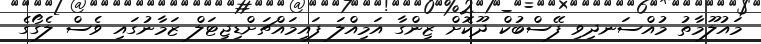
މައުލޫމާތު މުއްސަނދިވި ފޭސްބުކް ދޫކޮށް ޒިންގާ އަމިއްލަ ފައިމައްޗަށްޑިޖިޓަލް ޒަމާނުގައި ވެސް ލެގޯގެ